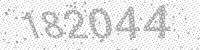
Solution: 182044